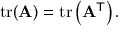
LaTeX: \operatorname { t r } ( \mathbf { A } ) = \operatorname { t r } \left( \mathbf { A } ^ { \mathsf { T } } \right) .